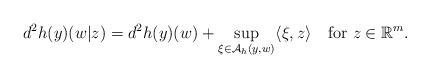
LaTeX: \begin{align*} d^2 h(y)(w|z)=d^2 h(y)(w)+\sup_{\xi\in\mathcal{A}_{h}(y,w)}\langle\xi,z\rangle\quad{\rm for}\ z\in\mathbb{R}^m. \end{align*}